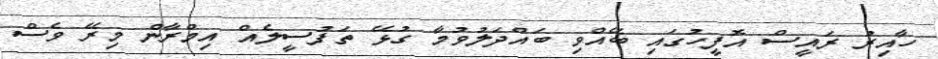
ހާއިރު ރައީސް އޮފީހުގައި ބޭއްވި ބައްދަލުވުމާ ގުޅޭ ތަފުސީލެއް އިމްރާން މިރޭ ވެސް